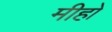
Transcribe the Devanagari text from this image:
मीहो